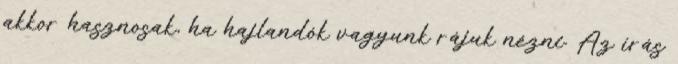
akkor hasznosak, ha hajlandók vagyunk rájuk nézni. Az írás